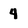
Character: 4